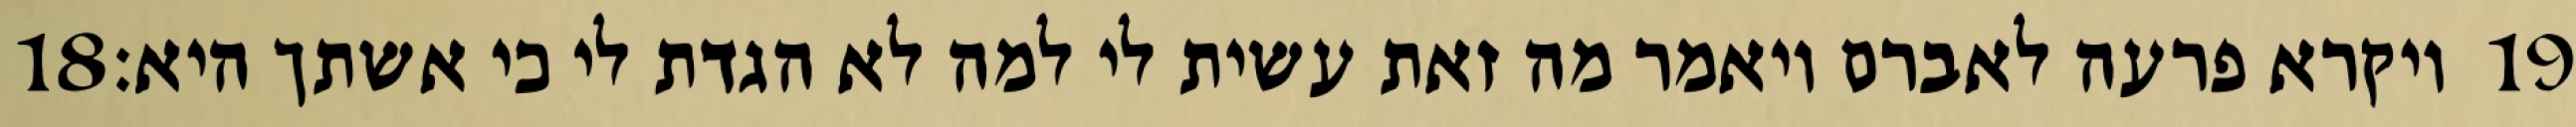
‎18‏ ויקרא פרעה לאברם ויאמר מה זאת עשית לי למה לא הגדת לי כי אשתך היא׃ ‎19‏